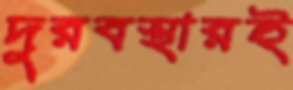
দুরবস্থারই